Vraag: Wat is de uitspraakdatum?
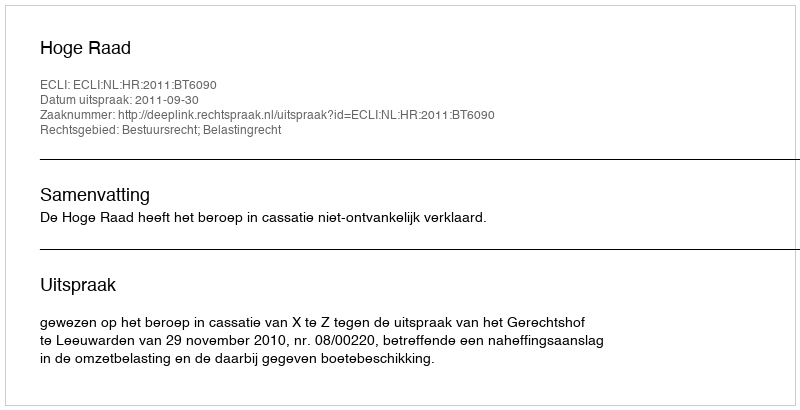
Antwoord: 2011-09-30